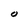
Character: O